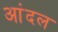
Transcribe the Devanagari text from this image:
आंदल